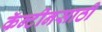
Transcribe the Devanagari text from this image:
कॅन्टीनसाठी